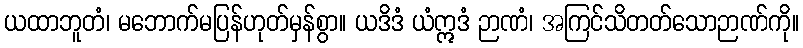
ယထာဘူတံ၊ မဘောက်မပြန်ဟုတ်မှန်စွာ။ ယဒိဒံ ယံဣဒံ ဉာဏံ၊ အကြင်သိတတ်သောဉာဏ်ကို။